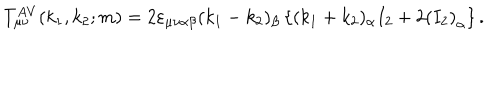
LaTeX: T _ { \mu \nu } ^ { A V } ( k _ { 1 } , k _ { 2 } ; m ) = 2 \varepsilon _ { \mu \nu \alpha \beta } ( k _ { 1 } - k _ { 2 } ) _ { \beta } \left\{ ( k _ { 1 } + k _ { 2 } ) _ { \alpha } I _ { 2 } + 2 \left( I _ { 2 } \right) _ { \alpha } \right\} .